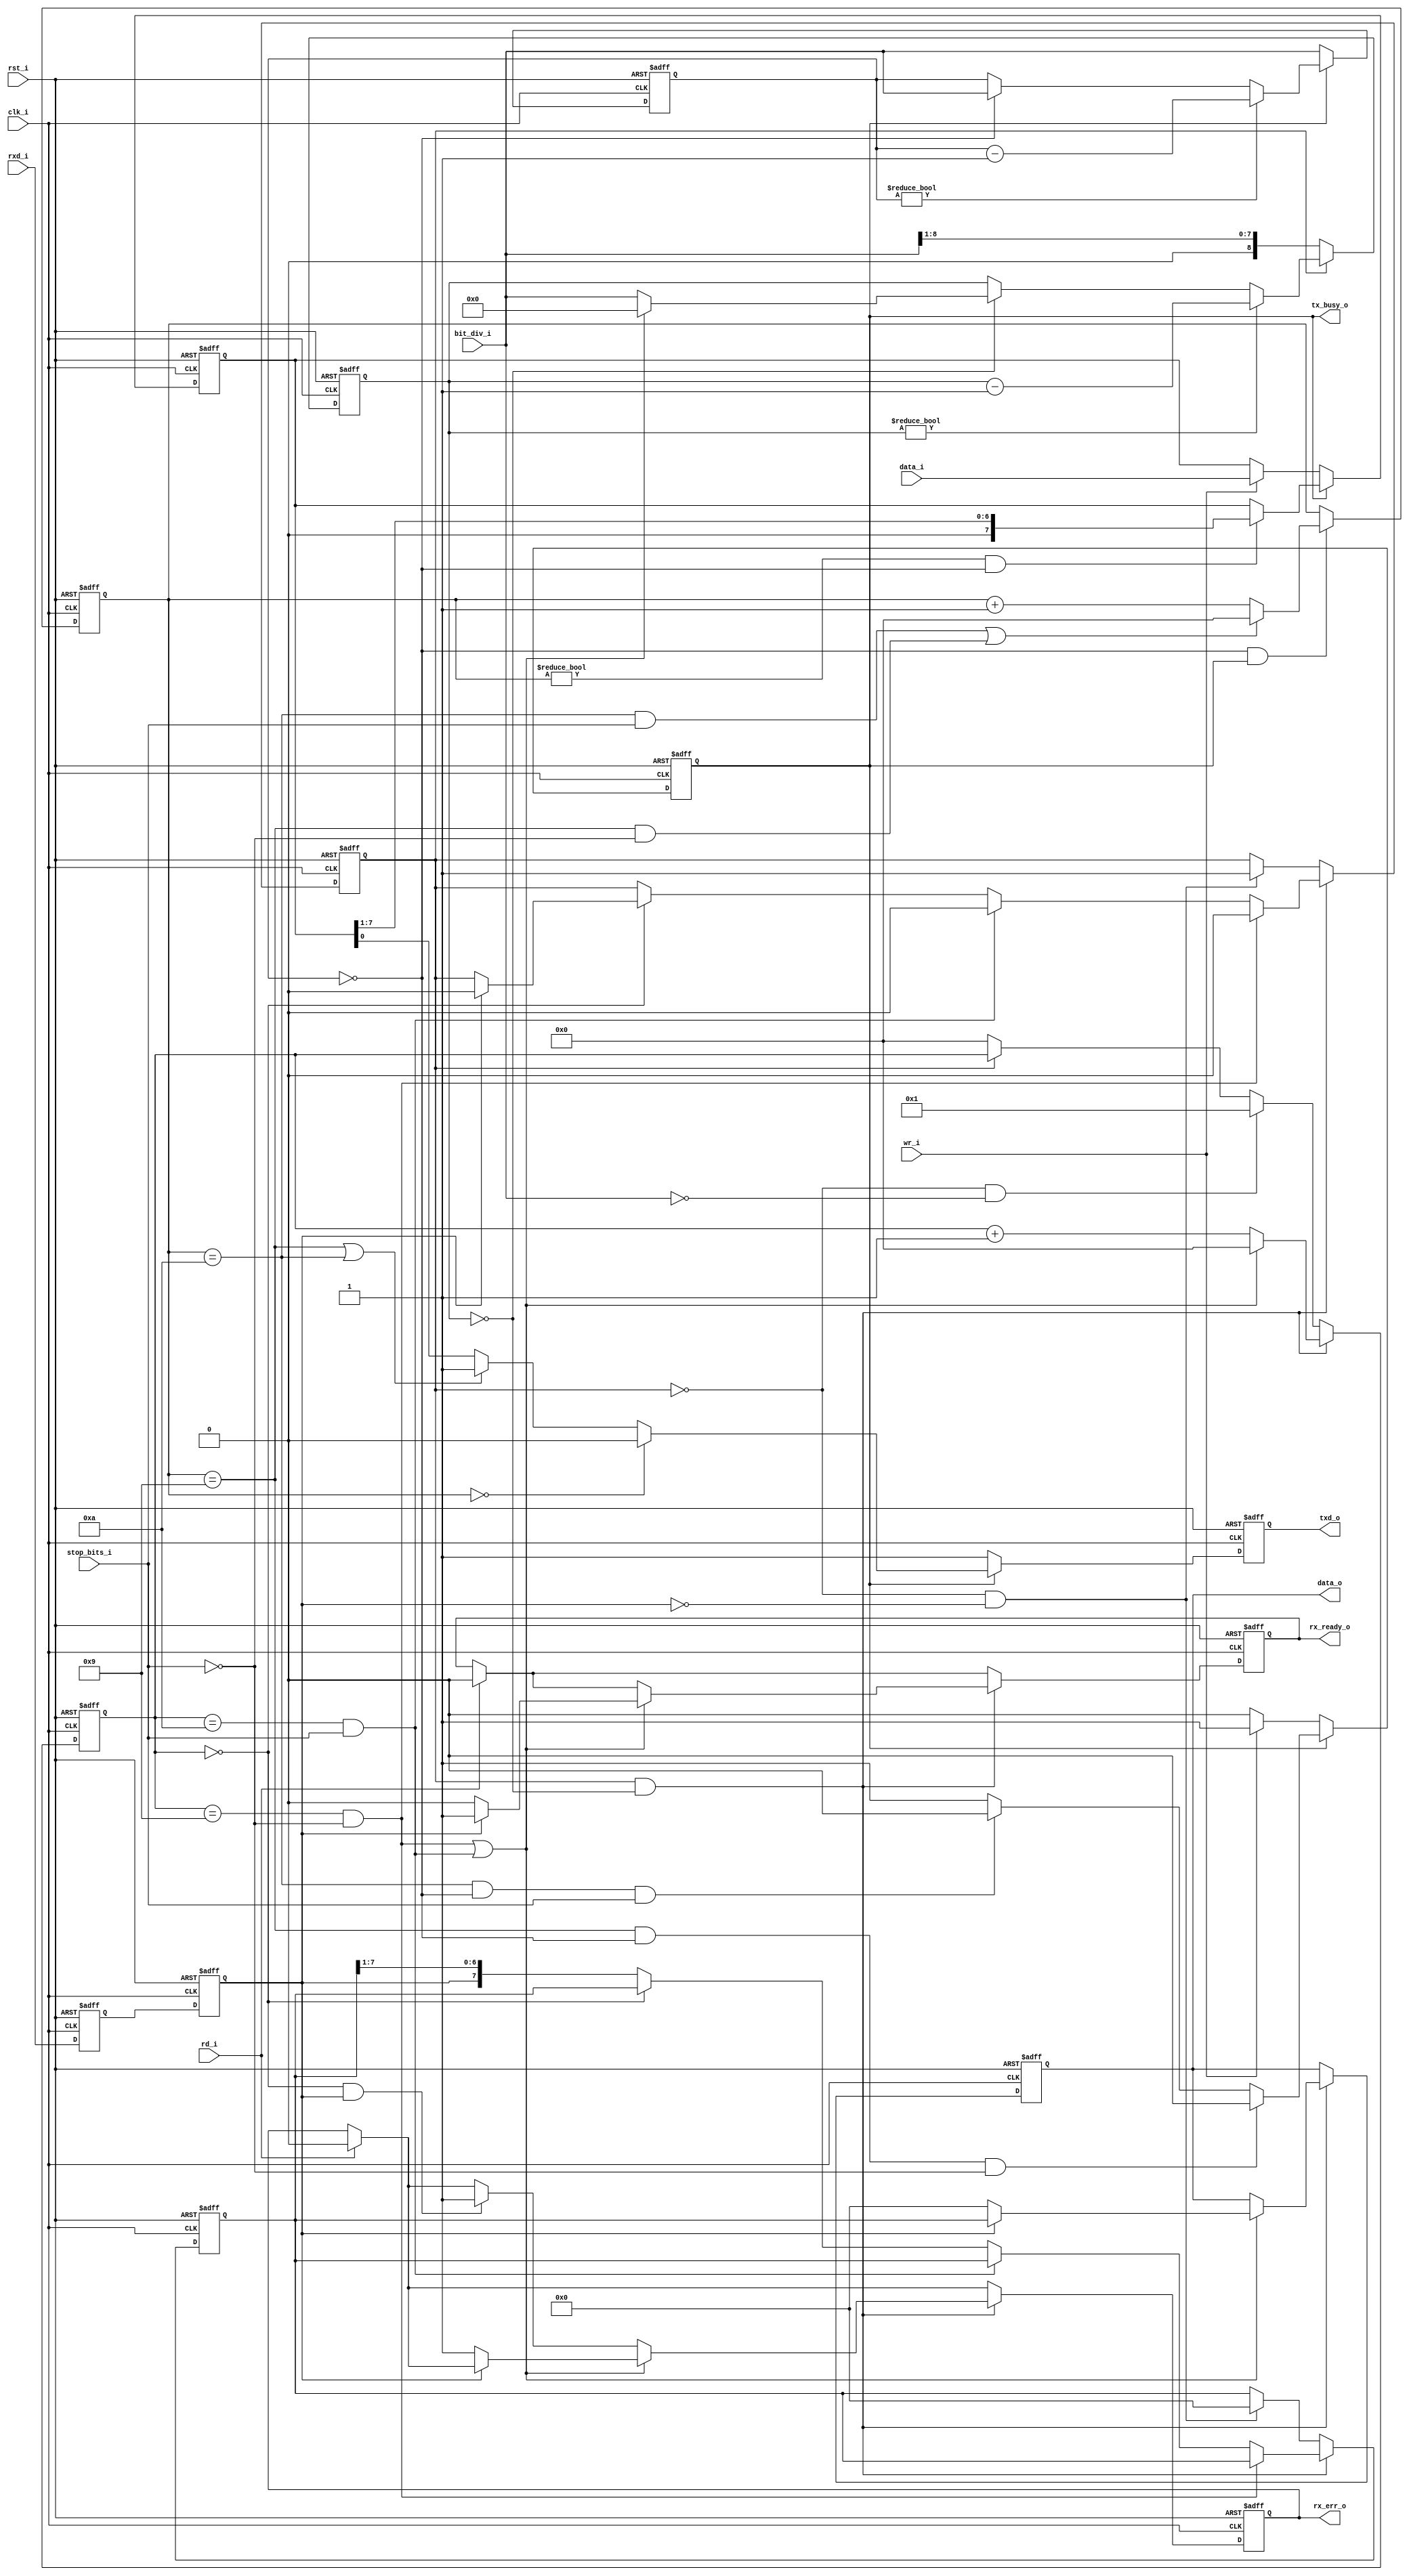
//-----------------------------------------------------------------
//                     UART -> AXI Debug Bridge
//                              V1.0
//                        Ultra-Embedded.com
//                        Copyright 2017-2019
//
//
//                       License: LGPL
//-----------------------------------------------------------------
//
// This source file may be used and distributed without         
// restriction provided that this copyright statement is not    
// removed from the file and that any derivative work contains  
// the original copyright notice and the associated disclaimer. 
//
// This source file is free software; you can redistribute it   
// and/or modify it under the terms of the GNU Lesser General   
// Public License as published by the Free Software Foundation; 
// either version 2.1 of the License, or (at your option) any   
// later version.
//
// This source is distributed in the hope that it will be       
// useful, but WITHOUT ANY WARRANTY; without even the implied   
// warranty of MERCHANTABILITY or FITNESS FOR A PARTICULAR      
// PURPOSE.  See the GNU Lesser General Public License for more 
// details.
//
// You should have received a copy of the GNU Lesser General    
// Public License along with this source; if not, write to the 
// Free Software Foundation, Inc., 59 Temple Place, Suite 330, 
// Boston, MA  02111-1307  USA
//-----------------------------------------------------------------

//-----------------------------------------------------------------
//                          Generated File
//-----------------------------------------------------------------
module dbg_bridge_uart

//-----------------------------------------------------------------
// Params
//-----------------------------------------------------------------
#(
    parameter UART_DIVISOR_W   = 9
)

//-----------------------------------------------------------------
// Ports
//-----------------------------------------------------------------
(
    // Clock & Reset
    input         clk_i,
    input         rst_i,

    // Control
    input [UART_DIVISOR_W-1:0] bit_div_i,
    input         stop_bits_i, // 0 = 1, 1 = 2

    // Transmit
    input         wr_i,
    input  [7:0]  data_i,
    output        tx_busy_o,

    // Receive
    input         rd_i,
    output [7:0]  data_o,
    output        rx_ready_o,

    output        rx_err_o,

    // UART pins
    input         rxd_i,
    output        txd_o
);

//-----------------------------------------------------------------
// Registers
//-----------------------------------------------------------------
localparam   START_BIT = 4'd0;
localparam   STOP_BIT0 = 4'd9;
localparam   STOP_BIT1 = 4'd10;

// Xilinx placement pragmas:
//synthesis attribute IOB of txd_q is "TRUE"

// TX Signals
reg                       tx_busy_q;
reg [3:0]                 tx_bits_q;
reg [UART_DIVISOR_W-1:0]  tx_count_q;
reg [7:0]                 tx_shift_reg_q;
reg                       txd_q;

// RX Signals
reg                       rxd_q;
reg [7:0]                 rx_data_q;
reg [3:0]                 rx_bits_q;
reg [UART_DIVISOR_W-1:0]  rx_count_q;
reg [7:0]                 rx_shift_reg_q;
reg                       rx_ready_q;
reg                       rx_busy_q;

reg                       rx_err_q;

//-----------------------------------------------------------------
// Re-sync RXD
//-----------------------------------------------------------------
reg rxd_ms_q;

always @ (posedge clk_i or posedge rst_i)
if (rst_i)
begin
   rxd_ms_q <= 1'b1;
   rxd_q    <= 1'b1;
end
else
begin
   rxd_ms_q <= rxd_i;
   rxd_q    <= rxd_ms_q;
end

//-----------------------------------------------------------------
// RX Clock Divider
//-----------------------------------------------------------------
wire rx_sample_w = (rx_count_q == {(UART_DIVISOR_W){1'b0}});

always @ (posedge clk_i or posedge rst_i)
if (rst_i)
    rx_count_q     <= {(UART_DIVISOR_W){1'b0}};
else
begin
    // Inactive
    if (!rx_busy_q)
        rx_count_q    <= {1'b0, bit_div_i[UART_DIVISOR_W-1:1]};
    // Rx bit timer
    else if (rx_count_q != 0)
        rx_count_q    <= (rx_count_q - 1);
    // Active
    else if (rx_sample_w)
    begin
        // Last bit?
        if ((rx_bits_q == STOP_BIT0 && !stop_bits_i) || (rx_bits_q == STOP_BIT1 && stop_bits_i))
            rx_count_q    <= {(UART_DIVISOR_W){1'b0}};
        else
            rx_count_q    <= bit_div_i;
    end
end

//-----------------------------------------------------------------
// RX Shift Register
//-----------------------------------------------------------------
always @ (posedge clk_i or posedge rst_i)
if (rst_i)
begin
    rx_shift_reg_q <= 8'h00;
    rx_busy_q      <= 1'b0;
end
// Rx busy
else if (rx_busy_q && rx_sample_w)
begin
    // Last bit?
    if (rx_bits_q == STOP_BIT0 && !stop_bits_i)
        rx_busy_q <= 1'b0;
    else if (rx_bits_q == STOP_BIT1 && stop_bits_i)
        rx_busy_q <= 1'b0;
    else if (rx_bits_q == START_BIT)
    begin
        // Start bit should still be low as sampling mid
        // way through start bit, so if high, error!
        if (rxd_q)
            rx_busy_q <= 1'b0;
    end
    // Rx shift register
    else 
        rx_shift_reg_q <= {rxd_q, rx_shift_reg_q[7:1]};
end
// Start bit?
else if (!rx_busy_q && rxd_q == 1'b0)
begin
    rx_shift_reg_q <= 8'h00;
    rx_busy_q      <= 1'b1;
end

always @ (posedge clk_i or posedge rst_i)
if (rst_i)
    rx_bits_q  <= START_BIT;
else if (rx_sample_w && rx_busy_q)
begin
    if ((rx_bits_q == STOP_BIT1 && stop_bits_i) || (rx_bits_q == STOP_BIT0 && !stop_bits_i))
        rx_bits_q <= START_BIT;
    else
        rx_bits_q <= rx_bits_q + 4'd1;
end
else if (!rx_busy_q && (bit_div_i == {(UART_DIVISOR_W){1'b0}}))
    rx_bits_q  <= START_BIT + 4'd1;
else if (!rx_busy_q)
    rx_bits_q  <= START_BIT;

//-----------------------------------------------------------------
// RX Data
//-----------------------------------------------------------------
always @ (posedge clk_i or posedge rst_i)
if (rst_i)
begin
   rx_ready_q      <= 1'b0;
   rx_data_q       <= 8'h00;
   rx_err_q        <= 1'b0;
end
else
begin
   // If reading data, reset data state
   if (rd_i == 1'b1)
   begin
       rx_ready_q <= 1'b0;
       rx_err_q   <= 1'b0;
   end

   if (rx_busy_q && rx_sample_w)
   begin
       // Stop bit
       if ((rx_bits_q == STOP_BIT1 && stop_bits_i) || (rx_bits_q == STOP_BIT0 && !stop_bits_i))
       begin
           // RXD should be still high
           if (rxd_q)
           begin
               rx_data_q      <= rx_shift_reg_q;
               rx_ready_q     <= 1'b1;
           end
           // Bad Stop bit - wait for a full bit period
           // before allowing start bit detection again
           else
           begin
               rx_ready_q      <= 1'b0;
               rx_data_q       <= 8'h00;
               rx_err_q        <= 1'b1;
           end
       end
       // Mid start bit sample - if high then error
       else if (rx_bits_q == START_BIT && rxd_q)
           rx_err_q        <= 1'b1;
   end
end

//-----------------------------------------------------------------
// TX Clock Divider
//-----------------------------------------------------------------
wire tx_sample_w = (tx_count_q == {(UART_DIVISOR_W){1'b0}});

always @ (posedge clk_i or posedge rst_i)
if (rst_i)
    tx_count_q      <= {(UART_DIVISOR_W){1'b0}};
else
begin
    // Idle
    if (!tx_busy_q)
        tx_count_q  <= bit_div_i;
    // Tx bit timer
    else if (tx_count_q != 0)
        tx_count_q  <= (tx_count_q - 1);
    else if (tx_sample_w)
        tx_count_q  <= bit_div_i;
end

//-----------------------------------------------------------------
// TX Shift Register
//-----------------------------------------------------------------
always @ (posedge clk_i or posedge rst_i)
if (rst_i)
begin
    tx_shift_reg_q <= 8'h00;
    tx_busy_q      <= 1'b0;
end
// Tx busy
else if (tx_busy_q)
begin
    // Shift tx data
    if (tx_bits_q != START_BIT && tx_sample_w)
        tx_shift_reg_q <= {1'b0, tx_shift_reg_q[7:1]};

    // Last bit?
    if (tx_bits_q == STOP_BIT0 && tx_sample_w && !stop_bits_i)
        tx_busy_q <= 1'b0;
    else if (tx_bits_q == STOP_BIT1 && tx_sample_w && stop_bits_i)
        tx_busy_q <= 1'b0;
end
// Buffer data to transmit
else if (wr_i)
begin
    tx_shift_reg_q <= data_i;
    tx_busy_q      <= 1'b1;
end

always @ (posedge clk_i or posedge rst_i )
if (rst_i)
    tx_bits_q  <= 4'd0;
else if (tx_sample_w && tx_busy_q)
begin
    if ((tx_bits_q == STOP_BIT1 && stop_bits_i) || (tx_bits_q == STOP_BIT0 && !stop_bits_i))
        tx_bits_q <= START_BIT;
    else
        tx_bits_q <= tx_bits_q + 4'd1;
end

//-----------------------------------------------------------------
// UART Tx Pin
//-----------------------------------------------------------------
reg txd_r;

always @ *
begin
    txd_r = 1'b1;

    if (tx_busy_q)
    begin
        // Start bit (TXD = L)
        if (tx_bits_q == START_BIT)
            txd_r = 1'b0;
        // Stop bits (TXD = H)
        else if (tx_bits_q == STOP_BIT0 || tx_bits_q == STOP_BIT1)
            txd_r = 1'b1;
        // Data bits
        else
            txd_r = tx_shift_reg_q[0];
    end
end

always @ (posedge clk_i or posedge rst_i)
if (rst_i)
    txd_q <= 1'b1;
else
    txd_q <= txd_r;

//-----------------------------------------------------------------
// Outputs
//-----------------------------------------------------------------
assign tx_busy_o  = tx_busy_q;
assign rx_ready_o = rx_ready_q;
assign txd_o      = txd_q;
assign data_o     = rx_data_q;
assign rx_err_o   = rx_err_q;

endmodule